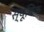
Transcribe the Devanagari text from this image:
स्यूबिक